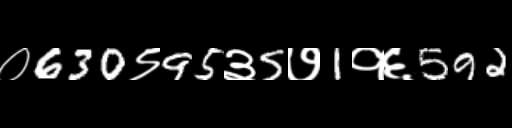
Text: ०630९95३5७1१६592